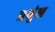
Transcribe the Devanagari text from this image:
प्रमुंख